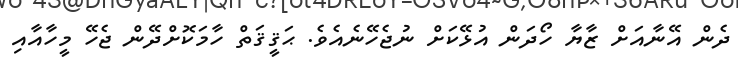
ދެން އޭނާއަށް ޒާޔާ ހޯދަން އުޅޭކަށް ނުޖެހޭނެއެވެ. ޙަޤީޤަތް ހާމަކޮށްދޭން ޖެހޭ މީހާއާއި